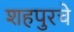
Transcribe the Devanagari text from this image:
शहपुरचे